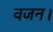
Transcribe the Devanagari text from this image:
वजन।